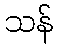
သန်